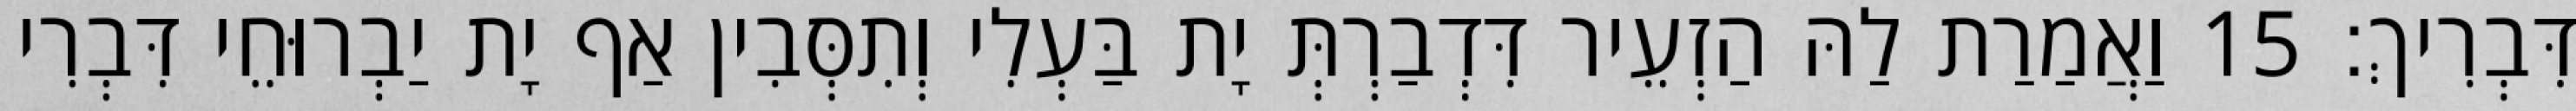
דִּבְרִיךְ׃ 15 וַאֲמַרַת לַהּ הַזְעֵיר דִּדְבַרְתְּ יָת בַּעְלִי וְתִסְּבִין אַף יָת יַבְרוּחֵי דִּבְרִי